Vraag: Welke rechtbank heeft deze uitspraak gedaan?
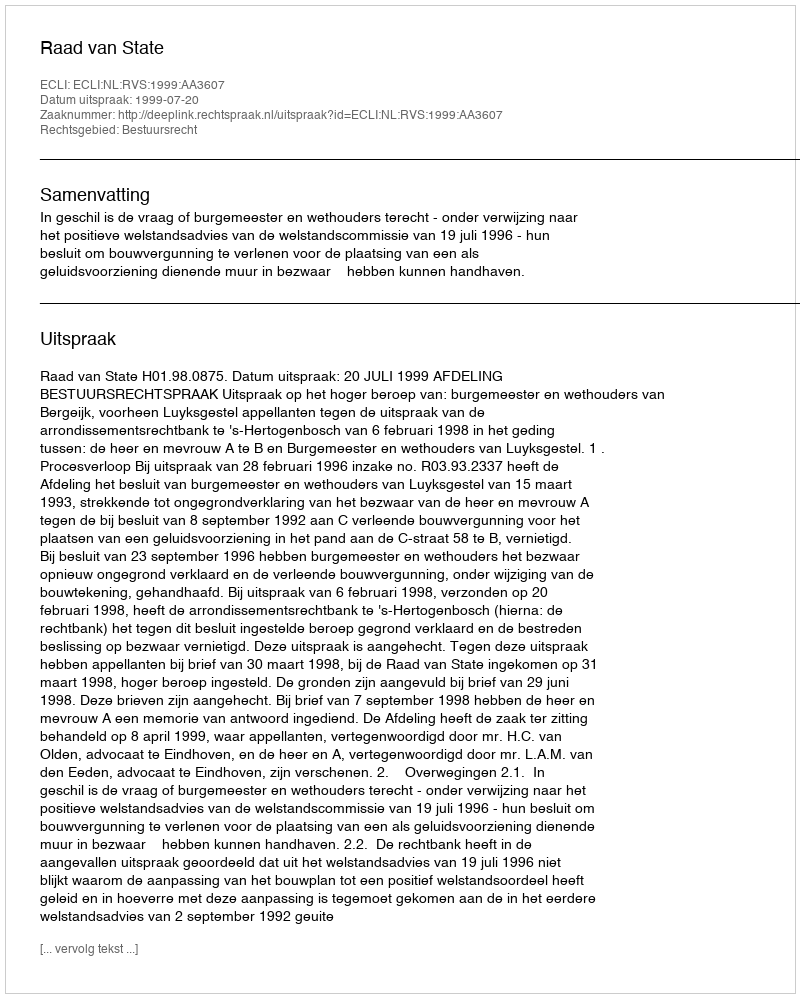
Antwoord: Raad van State